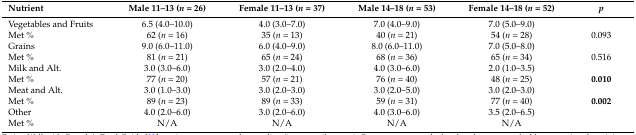
| Nutrient | Male 11–13 (n = 26) | Female 11–13 (n = 37) | Male 14–18 (n = 53) | Female 14–18 (n = 52) | p |
 | --- | --- | --- | --- | --- | --- |
 | Vegetables and Fruits | 6.5 (4.0–10.0) | 4.0 (3.0–7.0) | 7.0 (4.0–9.0) | 7.0 (5.0–9.0) |  |
 | Met % | 62 (n = 16) | 35 (n = 13) | 40 (n = 21) | 54 (n = 28) | 0.093 |
 | Grains | 9.0 (6.0–11.0) | 6.0 (4.0–9.0) | 8.0 (6.0–11.0) | 7.0 (5.0–8.0) |  |
 | Met % | 81 (n = 21) | 65 (n = 24) | 68 (n = 36) | 65 (n = 34) | 0.516 |
 | Milk and Alt. | 3.0 (3.0–6.0) | 3.0 (2.0–4.0) | 4.0 (3.0–6.0) | 2.0 (1.0–3.5) |  |
 | Met % | 77 (n = 20) | 57 (n = 21) | 76 (n = 40) | 48 (n = 25) | 0.010 |
 | Meat and Alt. | 3.0 (1.0–3.0) | 3.0 (2.0–3.0) | 3.0 (2.0–5.0) | 3.0 (2.0–3.0) |  |
 | Met % | 89 (n = 23) | 89 (n = 33) | 59 (n = 31) | 77 (n = 40) | 0.002 |
 | Other | 4.0 (2.0–6.0) | 3.0 (2.0–6.0) | 4.0 (3.0–6.0) | 3.5 (2.0–6.5) |  |
 | Met % | N/A | N/A | N/A | N/A |  |